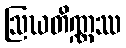
ဩဃတိဏ္ဏဿ